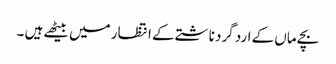
بچے ماں کے ارد گرد ناشتے کے انتظار میں بیٹھے ہیں ۔